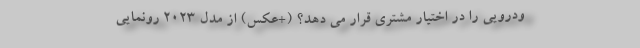
ودرویی را در اختیار مشتری قرار می دهد؟ (+عکس) از مدل 2023 رونمایی